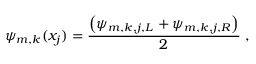
\psi _ { m , k } ( x _ { j } ) = \frac { \left( \psi _ { m , k , j , L } + \psi _ { m , k , j , R } \right) } { 2 } \; ,